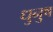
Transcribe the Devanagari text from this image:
धुनुष